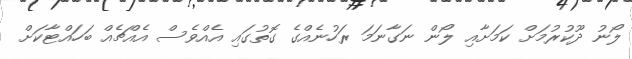
ލޯނު ދޫކުރުމަށް ކަމަށާއި ލޯން ނަގާނަމަ ރަހުނެއްގެ ގޮތުގައި އެއްވެސް އެއްޗެއް ބަހައްޓާކަށް